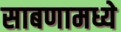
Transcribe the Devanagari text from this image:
साबणामध्ये